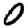
Digit: 0